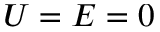
U = E = 0